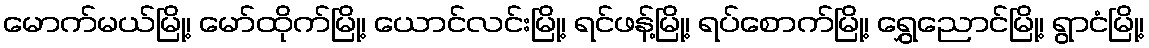
မောက်မယ်မြို့၊ မော်ထိုက်မြို့၊ ယောင်လင်းမြို့၊ ရင်ဖန့်မြို့၊ ရပ်စောက်မြို့၊ ရွှေညောင်မြို့၊ ရွာငံမြို့၊